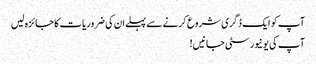
آپ کو ایک ڈگری شروع کرنے سے پہلے ان کی ضروریات کا جائزہ لیں
آپ کی یونیورسٹی جانیں!